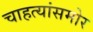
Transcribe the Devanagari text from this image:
चाहत्यांसमोर